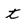
Character: t